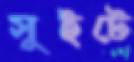
সুইটে